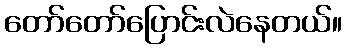
တော်တော်ပြောင်းလဲနေတယ်။